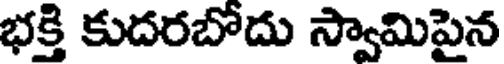
భక్తి కుదరబోదు స్వామిపైన